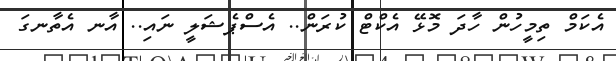
އެކަމް ތިމީހުން ހާދަ މޮޅޭ އެކްޓް ކުރަން.. އެސްޕެޝަލީ ނައި.. އާނ އެތާނގަ